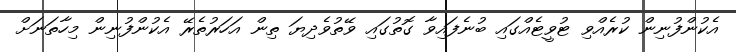
އެކުންފުނިން ކުރެއްވި ޓުވީޓެއްގައި ބުނެފައިވާ ގޮތުގައި ވޭތުވެދިޔަ ތިން އަހަރުތެރޭ އެކުންފުނިން މިހާތަނަށް